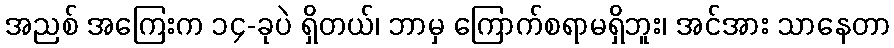
အညစ် အကြေးက ၁၄-ခုပဲ ရှိတယ်၊ ဘာမှ ကြောက်စရာမရှိဘူး၊ အင်အား သာနေတာ